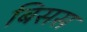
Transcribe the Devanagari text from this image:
बिसस